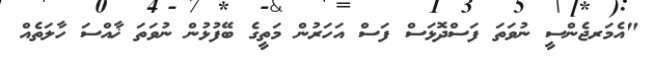
"އެމަރޖެންސީ ނުވަތަ ފަސްދޮޅަސް ފަސް އަހަރުން މަތީގެ ބޭފުޅުން ނުވަތަ ޚާއްސަ ހާލަތެއް